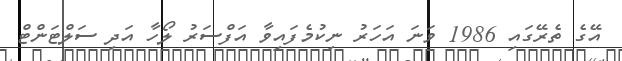
އޭގެ ތެރޭގައި 1986 ވަނަ އަހަރު ނިކުމެފައިވާ އަފްސަރު ލޯހާ އަދި ސަލްޓަންޓް